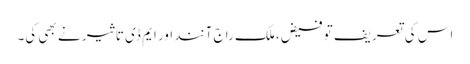
اس کی تعریف تو فیض، ملک راج آنند اور ایم ڈی تاثیر نے بھی کی۔